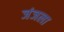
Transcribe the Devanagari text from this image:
जंजला